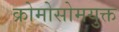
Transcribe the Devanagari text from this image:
क्रोमोसोमयुक्त